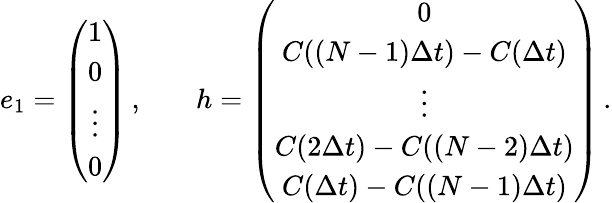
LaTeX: \begin{array}{rl}{e_{1}=\left(\begin{array}{c}{1}\\ {0}\\ {\vdots}\\ {0}\end{array}\right)\, ,}&{{}\quad h=\left(\begin{array}{c}{0}\\ {C((N-1)\Delta t)-C(\Delta t)}\\ {\vdots}\\ {C(2\Delta t)-C((N-2)\Delta t)}\\ {C(\Delta t)-C((N-1)\Delta t)}\end{array}\right)\, .}\end{array}